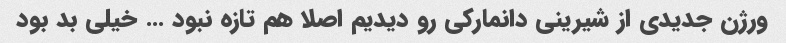
ورژن جدیدی از شیرینی دانمارکی رو دیدیم اصلا هم تازه نبود … خیلی بد بود